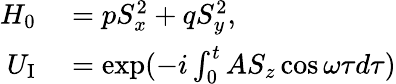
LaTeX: \begin{array}{rl}{H_{0}}&{{}=pS_{x}^{2}+qS_{y}^{2},}\\ {U_{\mathrm{I}}}&{{}=\exp(-i\int_{0}^{t}AS_{z}\cos\omega\tau d\tau)}\end{array}